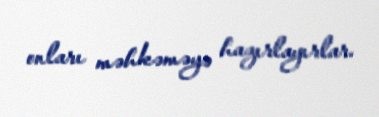
onları məhkəməyə hazırlayırlar.